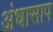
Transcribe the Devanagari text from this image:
अंधासाप